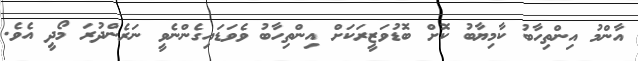
އާންމު އިންތިހާބު ކާމިޔާބު ކޮށް ބޮޑުވަޒީރަކަށް އިންތިހާބު ވެވަޑައިގެންނެވީ ނަރެންދުރަ މޯދީ އެވެ.